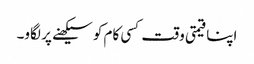
اپنا قیمتی وقت کسی کام کو سیکھنے پر لگاو۔